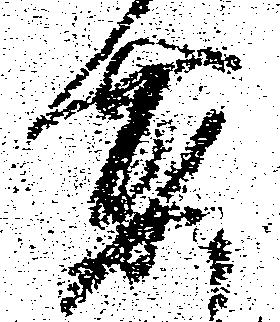
要